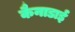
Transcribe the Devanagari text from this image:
कैनाडाई